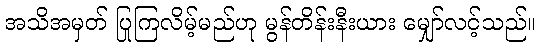
အသိအမှတ် ပြုကြလိမ့်မည်ဟု မွန်တိန်းနီးယား မျှော်လင့်သည်။